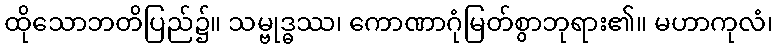
ထိုသောဘတိပြည်၌။ သမ္ဗုဒ္ဓဿ၊ ကောဏာဂုံမြတ်စွာဘုရား၏။ မဟာကုလံ၊